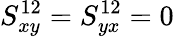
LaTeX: S_{xy}^{12}=S_{yx}^{12}=0